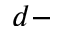
d -